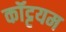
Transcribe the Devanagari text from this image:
कॉट्टयम